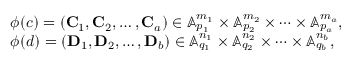
\begin{array} { r l } & { \phi ( c ) = \left( \mathbf { C } _ { 1 } , \mathbf { C } _ { 2 } , \ldots , \mathbf { C } _ { a } \right) \in \mathbb { A } _ { p _ { 1 } } ^ { m _ { 1 } } \times \mathbb { A } _ { p _ { 2 } } ^ { m _ { 2 } } \times \dots \times \mathbb { A } _ { p _ { a } } ^ { m _ { a } } , } \\ & { \phi ( d ) = \left( \mathbf { D } _ { 1 } , \mathbf { D } _ { 2 } , \ldots , \mathbf { D } _ { b } \right) \in \mathbb { A } _ { q _ { 1 } } ^ { n _ { 1 } } \times \mathbb { A } _ { q _ { 2 } } ^ { n _ { 2 } } \times \dots \times \mathbb { A } _ { q _ { b } } ^ { n _ { b } } , } \end{array}